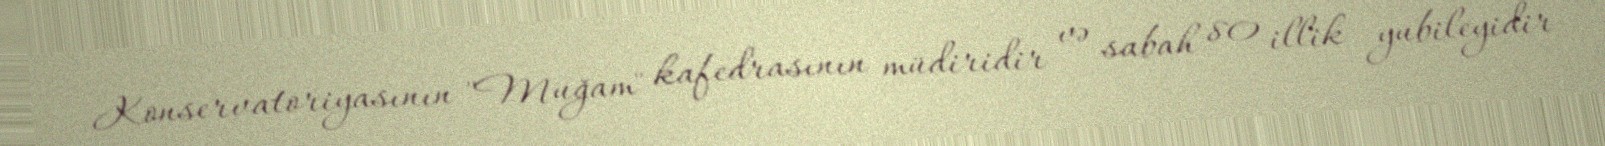
Konservatoriyasının "Muğam" kafedrasının müdiridir və sabah 80 illik yubileyidir